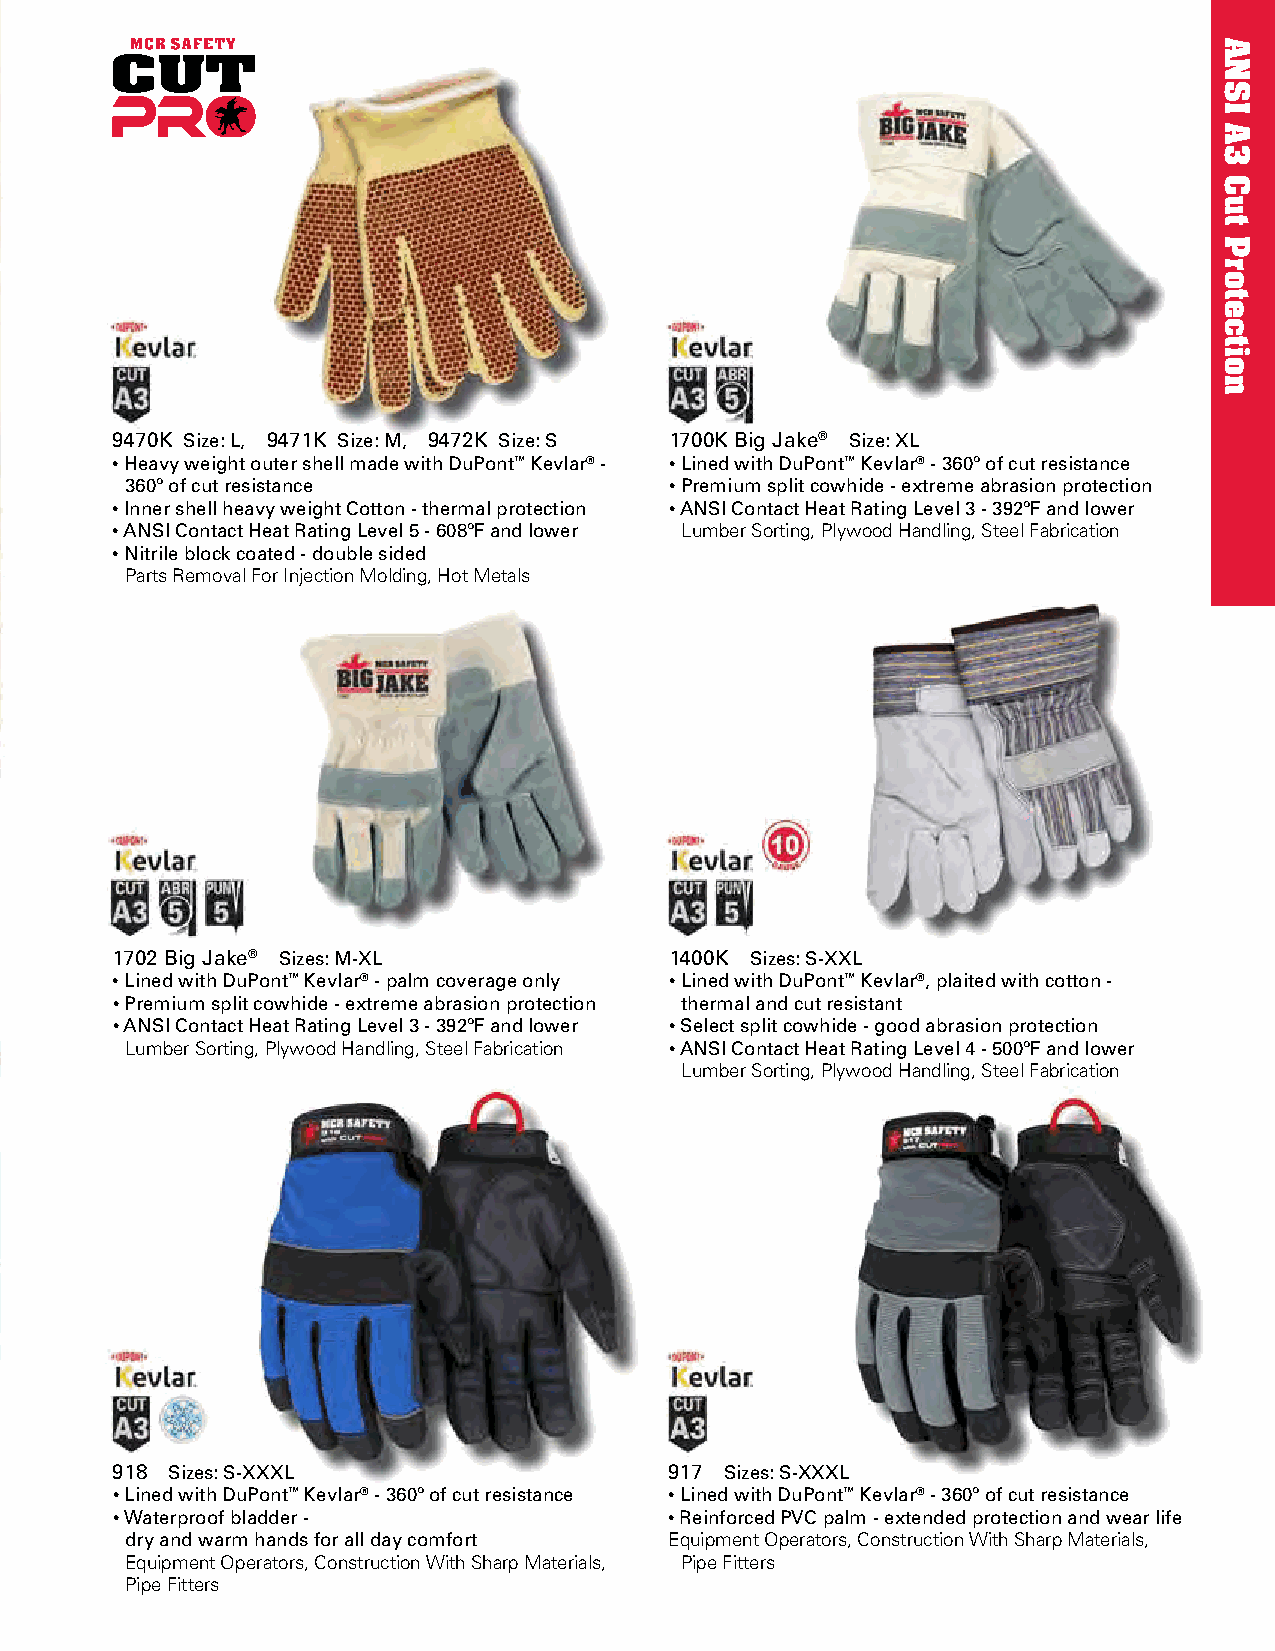
9470K Size: L, 9471K Size: M, 9472K Size: S 1700K Big Jake® Size: XL
 • Heavy weight outer shell made with DuPont™ Kevlar® - • Lined with DuPont™ Kevlar® - 360º of cut resistance
 360º of cut resistance              • Premium split cowhide - extreme abrasion protection
 • Inner shell heavy weight Cotton - thermal protection • ANSI Contact Heat Rating Level 3 - 392ºF and lower
 • ANSI Contact Heat Rating Level 5 - 608ºF and lower Lumber Sorting, Plywood Handling, Steel Fabrication
 • Nitrile block coated - double sided
 Parts Removal For Injection Molding, Hot Metals
 1702 Big Jake® Sizes: M-XL           1400K Sizes: S-XXL
 • Lined with DuPont™ Kevlar® - palm coverage only • Lined with DuPont™ Kevlar®, plaited with cotton -
 • Premium split cowhide - extreme abrasion protection thermal and cut resistant
 • ANSI Contact Heat Rating Level 3 - 392ºF and lower • Select split cowhide - good abrasion protection
 Lumber Sorting, Plywood Handling, Steel Fabrication • ANSI Contact Heat Rating Level 4 - 500ºF and lower
 Lumber Sorting, Plywood Handling, Steel Fabrication
 918 Sizes: S-XXXL                    917 Sizes: S-XXXL
 • Lined with DuPont™ Kevlar® - 360º of cut resistance • Lined with DuPont™ Kevlar® - 360º of cut resistance
 • Waterproof bladder -               • Reinforced PVC palm - extended protection and wear life
 dry and warm hands for all day comfort Equipment Operators, Construction With Sharp Materials,
 Equipment Operators, Construction With Sharp Materials, Pipe Fitters
 Pipe Fitters
 ANSI
 A3
 Cut
 Protection